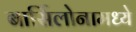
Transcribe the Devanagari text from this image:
बार्सिलोनामध्ये